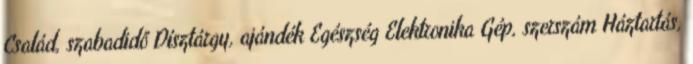
Család, szabadidő Dísztárgy, ajándék Egészség Elektronika Gép, szerszám Háztartás,